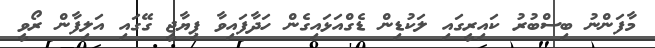
މާފަންނު ބިސްބުރު ކައިރީގައި ލަކުޑިން ޑެގްއަޅައިގެން ހަދާފައިވާ ޕިޔާޖީ ގޭގައި އަލިފާން ރޯވީ